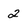
Character: 2